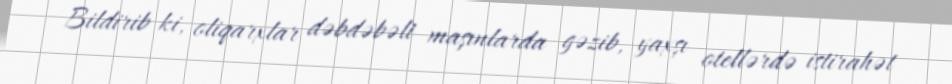
Bildirib ki, oliqarxlar dəbdəbəli maşınlarda gəzib, yaxşı otellərdə istirahət